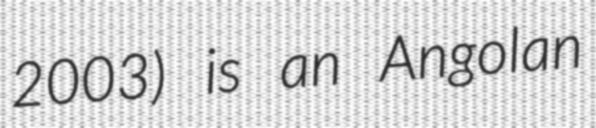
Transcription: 2003) is an Angolan